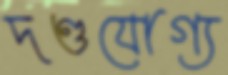
দণ্ডযোগ্য